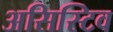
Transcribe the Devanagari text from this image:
असिस्टिव